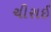
ચીરાઈ